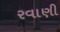
રવાણી